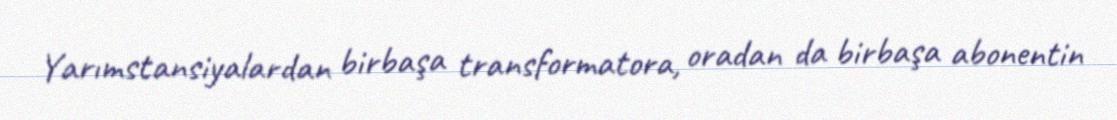
Yarımstansiyalardan birbaşa transformatora, oradan da birbaşa abonentin